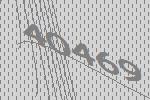
40469